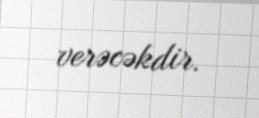
verəcəkdir.